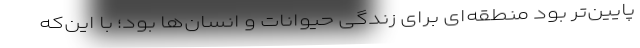
پایین‌تر بود منطقه‌ای برای زندگی حیوانات و انسان‌ها بود؛ با این‌که